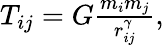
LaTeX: \begin{array}{r}{T_{ij}=G\frac{m_{i}m_{j}}{r_{ij}^{\gamma}},}\end{array}